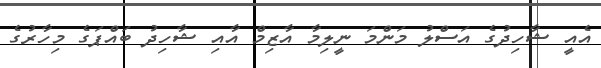
އެއީ ޝާހިދުގެ އަސްލު މަންމަ ނީލިމާ އާޒިމް އާއި ޝާހިދު ބައްޕަގެ މިހާރުގެ